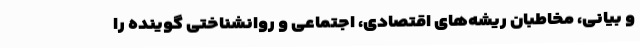
و بیانی، مخاطبان ریشه‌های اقتصادی، اجتماعی و روانشناختی گوینده را